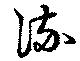
流